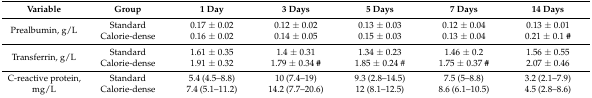
<table><thead><tr><td><b>Variable</b></td><td><b>Group</b></td><td><b>1 Day</b></td><td><b>3 Days</b></td><td><b>5 Days</b></td><td><b>7 Days</b></td><td><b>14 Days</b></td></tr></thead><tbody><tr><td rowspan="2">Prealbumin, g/L</td><td>Standard</td><td>0.17 ± 0.02</td><td>0.12 ± 0.02</td><td>0.13 ± 0.03</td><td>0.12 ± 0.04</td><td>0.13 ± 0.01</td></tr><tr><td>Calorie-dense</td><td>0.16 ± 0.02</td><td>0.14 ± 0.05</td><td>0.15 ± 0.03</td><td>0.13 ± 0.04</td><td>0.21 ± 0.1 <b>#</b></td></tr><tr><td rowspan="2">Transferrin, g/L</td><td>Standard</td><td>1.61 ± 0.35</td><td>1.4 ± 0.31</td><td>1.34 ± 0.23</td><td>1.46 ± 0.2</td><td>1.56 ± 0.55</td></tr><tr><td>Calorie-dense</td><td>1.91 ± 0.32</td><td>1.79 ± 0.34 <b>#</b></td><td>1.85 ± 0.24 #</td><td>1.75 ± 0.37 <b>#</b></td><td>2.07 ± 0.46</td></tr><tr><td rowspan="2">C-reactive protein, mg/L</td><td>Standard</td><td>5.4 (4.5–8.8)</td><td>10 (7.4–19)</td><td>9.3 (2.8–14.5)</td><td>7.5 (5–8.8)</td><td>3.2 (2.1–7.9)</td></tr><tr><td>Calorie-dense</td><td>7.4 (5.1–11.2)</td><td>14.2 (7.7–20.6)</td><td>12 (8.1–12.5)</td><td>8.6 (6.1–10.5)</td><td>4.5 (2.8–8.6)</td></tr></tbody></table>